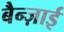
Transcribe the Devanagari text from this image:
बैन्ज़ाई